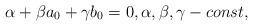
LaTeX: \begin{align*} \alpha+\beta a_0+\gamma b_0= 0,\alpha, \beta, \gamma - const,\end{align*}